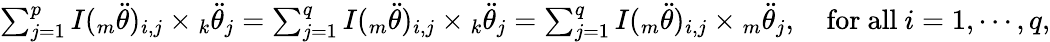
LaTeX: \begin{array}{r}{\sum_{j=1}^{p}I({_m\ddot{\theta}})_{i,j}\times{_k\ddot{\theta}_{j}}=\sum_{j=1}^{q}I({_m\ddot{\theta}})_{i,j}\times{_k\ddot{\theta}_{j}}=\sum_{j=1}^{q}I({_m\ddot{\theta}})_{i,j}\times{_m\ddot{\theta}_{j}},\quad\mathrm{for~all}~i=1,\cdots,q,}\end{array}